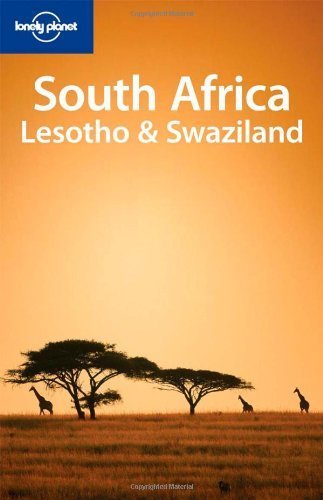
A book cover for South Africa Lesotho & Swaziland (Country Travel Guide) by James Bainbridge, Kate Armstrong, Becca Blond, Jane Cornwell (2009) Paperback; Kate Armstrong, Becca Blond, Jane Cornwell James Bainbridge; Travel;